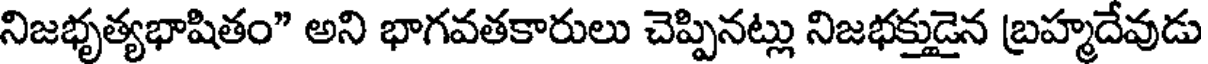
నిజభృత్యభాషితం" అని భాగవతకారులు చెప్పినట్లు నిజభక్తుడైన బ్రహ్మదేవుడు